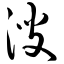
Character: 溲